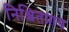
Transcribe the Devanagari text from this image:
निश्चितप्राय